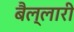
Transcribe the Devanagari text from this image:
बैल्लारी